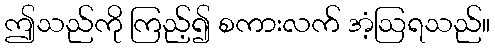
ဤသည်ကို ကြည့်၍ စကားလက် အံ့ဩရသည်။